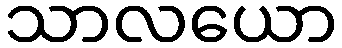
သာလယော